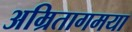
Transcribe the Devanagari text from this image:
अम्रितागमया